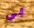
بي